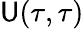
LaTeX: \mathsf{U}(\tau,\tau)